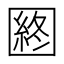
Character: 𡈡